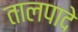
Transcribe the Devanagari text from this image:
तालपादे